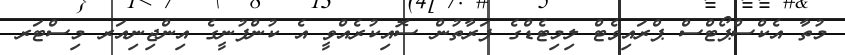
މުތާ އެކްސްޕޯޓްސް ޕްރައިވެޓް ލިމިޓެޑްގެ ފަރާތުން ސޮއިކުރެއްވީ އެ ކުންފުނީގެ އިންޖިނިއަރ މިސްޓަރ